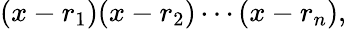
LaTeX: (x-r_{1})(x-r_{2})\cdots(x-r_{n}),